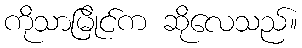
ကိုသာမြိုင်က ဆိုလေသည်။